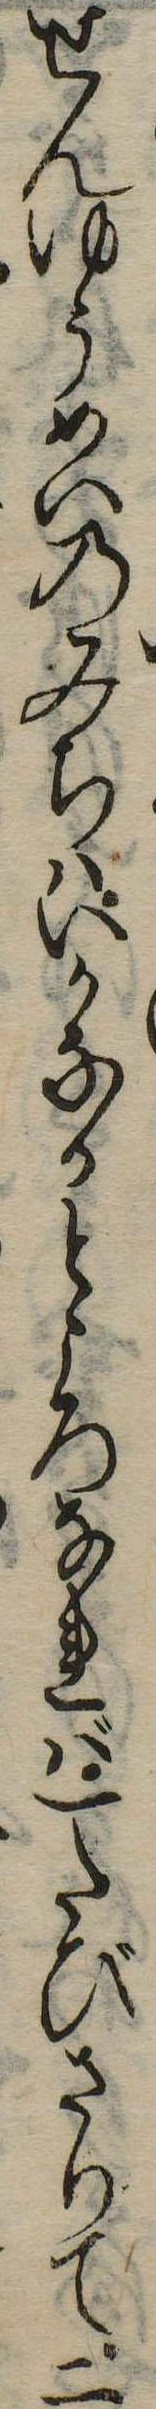
せんゆうめいのみちはいかなるところなれば一たびさりて二